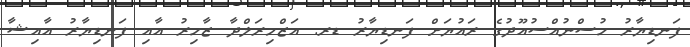
ފަނޑިޔާރު ހުސްނުއްސުއޫދުގެ ރައުޔަށް ފަނޑިޔާރު ޑރ. އަޒްމިރަލްދާ ޒާހިރު އާއި ފަނޑިޔާރު އާއިޝާ